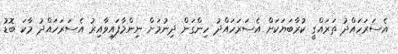
އެސަރަހައްދު ތަރައްގީ ކުރާބަޔަކަށް އެސަރަހައްދު ހިންގަން ދިނުމަށް ނިންމާފައިވާއިރު އެސަރަހައްދު މާކަ ބޮޑު